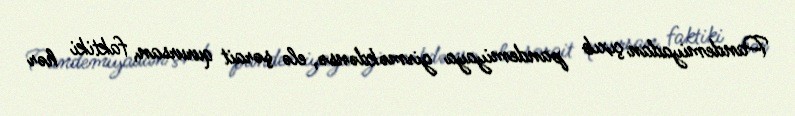
Pandemiyadan çıxıb pandemiyaya girməkdənsə, elə şərait qurursan, faktiki hər